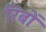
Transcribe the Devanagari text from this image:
रिंबों